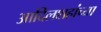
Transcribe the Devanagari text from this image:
आदिलशहांच्या